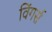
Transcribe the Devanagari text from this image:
विंगर्स